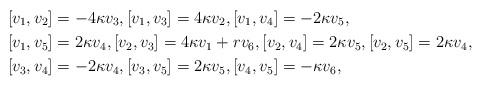
LaTeX: \begin{align*}&[v_1, v_2]=-4\kappa v_3, [v_1, v_3]=4\kappa v_2, [v_1, v_4]=-2\kappa v_5,\\&[v_1, v_5]=2\kappa v_4, [v_2, v_3]=4\kappa v_1+r v_6, [v_2, v_4]=2\kappa v_5, [v_2, v_5]=2\kappa v_4, \\&[v_3, v_4]=-2\kappa v_4, [v_3, v_5]=2\kappa v_5, [v_4, v_5]=- \kappa v_6,\end{align*}